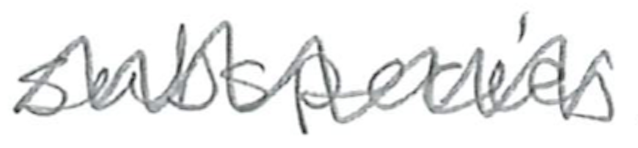
Text: subspecies
Cross-out: zig-zag
Writing tool: pencil